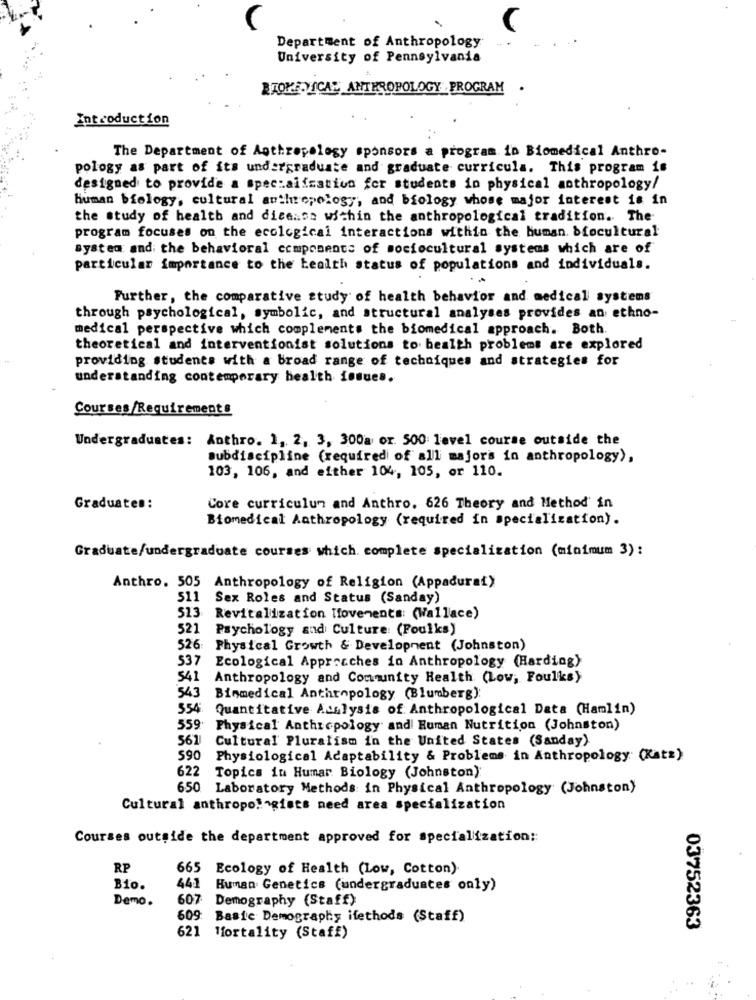
C
Department of Anthropology
University of Pennsylvania
BROKE.VICAL ANTHROPOLOGY PROGRAM .
Introduction
The Department of Anthropology sponsors a program in Biomedical Anthro-
pology as part of its undergraduate and graduate curricula. This program is
designed to provide a specialization for students in physical anthropology/
human biology, cultural anthropology, and biology whose major interest is in
the study of health and dicenso within the anthropological tradition. The-
program focuses on the ecological interactions within the human. biocultural
System and the behavioral components of sociocultural systems which are of
particular importance to the health status of populations and individuals.
..
Further, the comparative study of health behavior and medical systems
through psychological, symbolic, and structural analyses provides an ethno-
medical perspective which complements the biomedical approach. Both.
theoretical and interventionist solutions to health problems are explored
providing students with a broad range of techniques and strategies for
understanding contemporary health issues.
Courses/Requirements
Undergraduates:
Anthro. 1, 2, 3, 300a or. 500 level course outside the
Bubdiscipline (required of all majors in anthropology),
103, 106, and either 104, 105, or 110.
Graduates:
Core curriculum and Anthro. 626 Theory and Method' in
Biomedical Anthropology (required in specialization).
Graduate/undergraduate courses which complete specialization (minimum 3) :
Anthro. 505 Anthropology of Religion (Appadurat)
511
Sex Roles and Status (Sanday)
513
Revitalization Tovenents: (Wallace)
521
Psychology and Culture: (Foulks)
526 Physical Growth & Development (Johnston)
537
Ecological Approaches in Anthropology (Harding)
541
Anthropology and Community Health (Low; Foulks)
543
Binmedical Anthropology (Blumberg)
354
Quantitative Aralysis of Anthropological Data (Hamlin)
559 Physical Anthropology and Human Nutrition (Johnston)
561
Cultural Pluralism in the United States (Sanday)
S90
Physiological Adaptability & Problems in Anthropology (Katz)
622 Topics in Humar Biology (Johnston)
650 Laboratory Methods in Physical Anthropology (Johnston)
Cultural anthropo! - gists need area specialization
Courses outside the department approved for specialization ::
RP
665
Ecology of Health (Low, Cotton)
Bio.
441
Human Genetics (undergraduates only)
Demo .
607
Demography (Staff)
609
Basic Demography ifethods (Staff)
03752363
621 Mfortality (Staff)